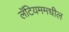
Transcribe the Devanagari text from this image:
लॅटियममधील